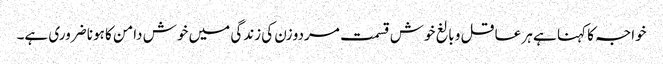
خواجہ کا کہنا ہے ہر عاقل و بالغ خوش قسمت مردو زن کی زندگی میں خوش دامن کا ہونا ضروری ہے۔